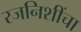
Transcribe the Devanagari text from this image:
रजनिशींचा